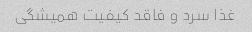
غذا سرد و فاقد کیفیت همیشگی